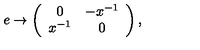
e \rightarrow \left( \begin{array} { c c } { 0 } & { - x ^ { - 1 } } \\ { x ^ { - 1 } } & { 0 } \\ \end{array} \right) ,